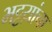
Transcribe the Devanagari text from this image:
भट्टय़ांचा